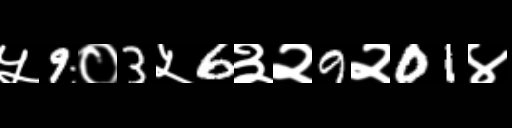
Text: ५9०3५6३२9२01४